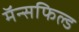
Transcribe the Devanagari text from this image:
मॅन्सफिल्ड